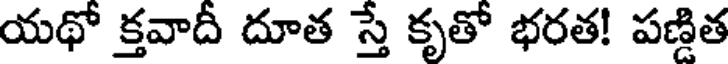
యథో క్తవాదీ దూత స్తే కృతో భరత! పణ్డిత